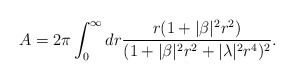
\begin{align*}A = 2\pi \int^{\infty}_{0} dr \frac{r (1+|\beta|^2 r^2 )}{(1+|\beta|^2 r^2 + |\lambda|^2 r^4 )^2}.\end{align*}